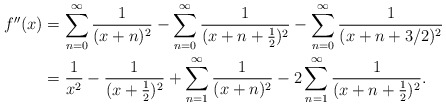
\begin{align*}f''(x) &= \sum_{n=0}^\infty \frac{1}{(x+n)^2} - \sum_{n=0}^\infty\frac{1}{(x+n+\frac12)^2} - \sum_{n=0}^\infty\frac{1}{(x+n+3/2)^2} \\&= \frac{1}{x^2} - \frac{1}{(x+\frac12)^2} + \sum_{n=1}^\infty \frac{1}{(x+n)^2} - 2\sum_{n=1}^\infty \frac{1}{(x+n+\frac12)^2}.\end{align*}